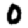
Digit: 0